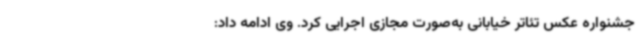
جشنواره عکس تئاتر خیابانی به‌صورت مجازی اجرایی کرد. وی ادامه داد: